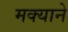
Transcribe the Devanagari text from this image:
मक्याने